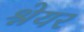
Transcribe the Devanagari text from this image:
श्नेयर